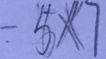
- 5 \times 7